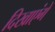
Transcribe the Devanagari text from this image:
दिखाएंगे